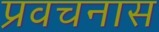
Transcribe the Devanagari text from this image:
प्रवचनास